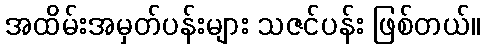
အထိမ်းအမှတ်ပန်းများ သဇင်ပန်း ဖြစ်တယ်။